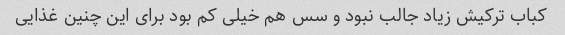
کباب ترکیش زیاد جالب نبود و سس هم خیلی کم بود برای این چنین غذایی